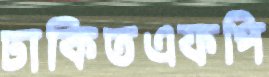
ঢাকিতএফপি